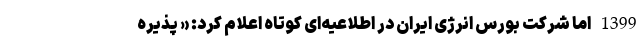
1399 اما شرکت بورس انرژی ایران در اطلاعیه‌ای کوتاه اعلام کرد: « پذیره